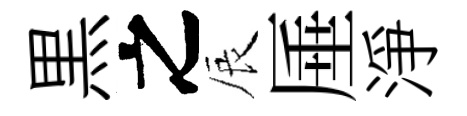
黒之辰厜淨